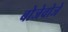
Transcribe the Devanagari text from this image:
बोजेवोजे